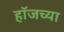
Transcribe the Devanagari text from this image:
हॉजच्या